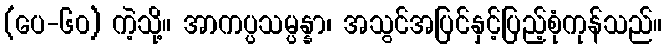
(ပေ-၆၀) ကဲ့သို့။ အာကပ္ပသမ္ပန္နာ၊ အသွင်အပြင်နှင့်ပြည့်စုံကုန်သည်။